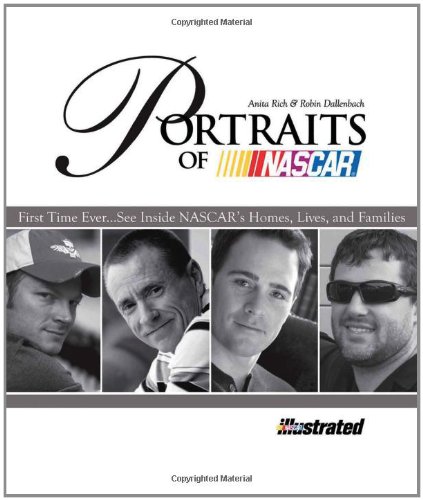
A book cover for Portraits of NASCAR; Anita Rich; Arts & Photography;